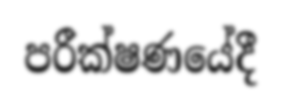
පරීක්ෂණයේදී